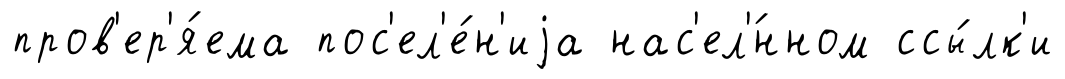
пров'ер'я́ема пос'ел'е́н'иjа нас'ел'́нном ссы́лк'и